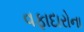
વફાદારોના